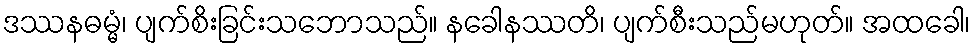
ဒဿနဓမ္မံ၊ ပျက်စိးခြင်းသဘောသည်။ နခေါနဿတိ၊ ပျက်စီးသည်မဟုတ်။ အထခေါ၊